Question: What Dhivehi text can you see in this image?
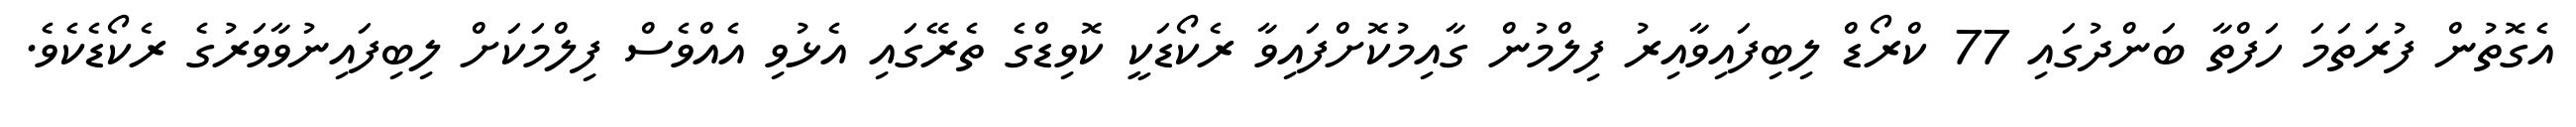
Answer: އެގޮތުން ފުރަތަމަ ހަފްތާ ބަންދުގައި 77 ކްރޯޑް ލިބިފައިވާއިރު ފިލްމުން ގާއިމުކޮށްފައިވާ ރެކޯޑަކީ ކޮވިޑްގެ ތެރޭގައި އެޅުވި އެއްވެސް ފިލްމަކަށް ލިބިފައިނުވާވަރުގެ ރެކޯޑެކެވެ.